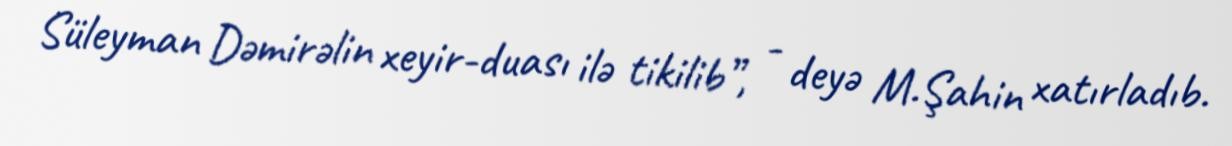
Süleyman Dəmirəlin xeyir-duası ilə tikilib”, - deyə M.Şahin xatırladıb.